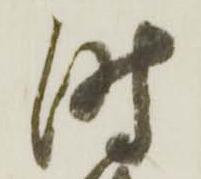
時